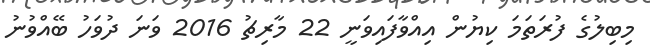
މިބިލުގެ ފުރަތަމަ ކިޔުން އިއްވާފައިވަނީ 22 މާރިޗު 2016 ވަނަ ދުވަހު ބޭއްވުނު